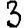
Digit: 3